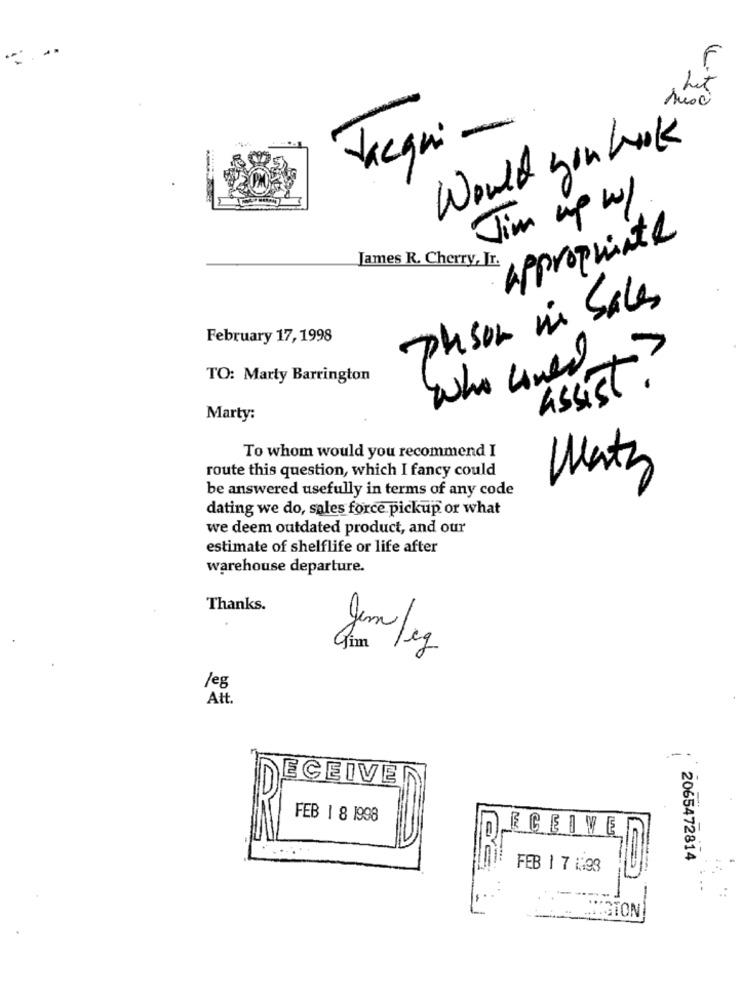
het
Susc
Vegni -.
Would you look
Jim up w/
appropriate
James R. Cherry, Jr.
Phson in Sales
February 17, 1998
Who undd
TO: Marty Barrington
assist.
Marty:
To whom would you recommend I
route this question, which I fancy could
Watz
be answered usefully in terms of any code
dating we do, sales force pickup or what
we deem outdated product, and our
estimate of shelflife or life after
warehouse departure.
Thanks.
Gim
gem jeg
/eg
Att.
-
ECEIVER
FEB 1 8 1998
ECEIVE
2065472814
FEB 1 7 1:93